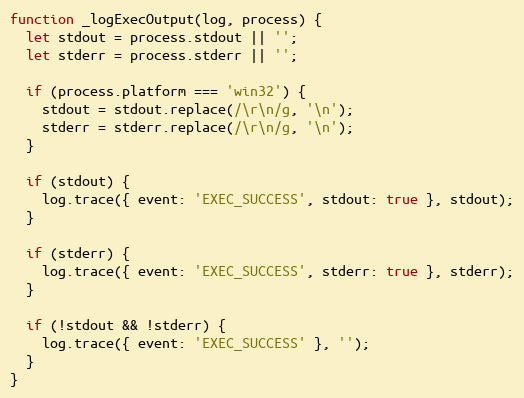
Language: JavaScript
function _logExecOutput(log, process) {
  let stdout = process.stdout || '';
  let stderr = process.stderr || '';

  if (process.platform === 'win32') {
    stdout = stdout.replace(/\r\n/g, '\n');
    stderr = stderr.replace(/\r\n/g, '\n');
  }

  if (stdout) {
    log.trace({ event: 'EXEC_SUCCESS', stdout: true }, stdout);
  }

  if (stderr) {
    log.trace({ event: 'EXEC_SUCCESS', stderr: true }, stderr);
  }

  if (!stdout && !stderr) {
    log.trace({ event: 'EXEC_SUCCESS' }, '');
  }
}